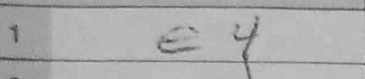
Transcription: e4